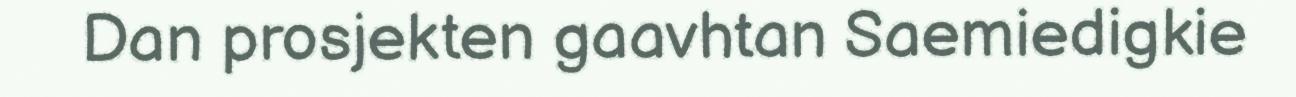
Dan prosjekten gaavhtan Saemiedigkie